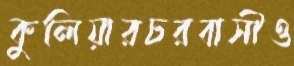
কুলিয়ারচরবাসীও